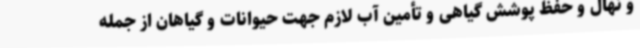
و نهال و حفظ پوشش گیاهی و تأمین آب لازم جهت حیوانات و گیاهان از جمله